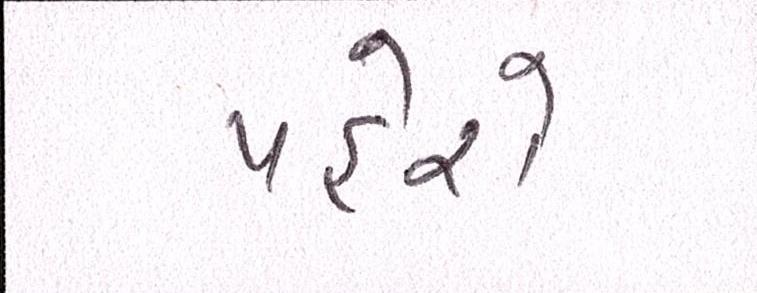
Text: પહેરો